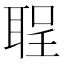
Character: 𫆅